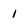
Character: 1